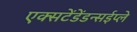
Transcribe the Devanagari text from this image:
एक्सटेंडेंडन्सईप्ले